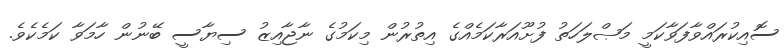
ސޮއިކުރައްވާފަވާކަމީ މަޞްލަހަތު ފުށޫއަރާކަމެއްގެ އިތުރުން މިކަމުގެ ނާޖާއިޒު ސިޔާސީ ބޭނުން ހާމަވާ ކަމެކެވެ.